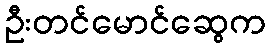
ဦးတင်မောင်ဆွေက